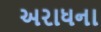
અરાધના